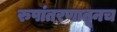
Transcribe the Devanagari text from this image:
रुपांतरणातूनच